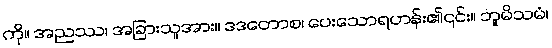
ကို။ အညဿ၊ အခြားသူအား။ ဒဒတောစ၊ ပေးသောရဟန်း၏၎င်း။ ဘူမိသမံ၊